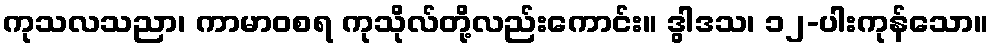
ကုသလသညာ၊ ကာမာဝစရ ကုသိုလ်တို့လည်းကောင်း။ ဒွါဒသ၊ ၁၂-ပါးကုန်သော။